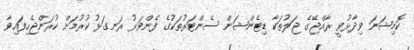
ކޮމިޝަނަ ވިދާޅުވީ ރާއްޖޭގެ ޖަލުތަކާ ޑިޓެންޝަން ސެންޓަރުތަކުގެ ފެންވަރު ރަނގަޅު ކުރުމަށް ކުރަންޖެހިފައިވާ